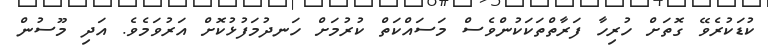
ކުޑަކުރެވޭ ގޮތަށް ހުރިހާ ފަރާތްތަކަކުންވެސް މަސައްކަތް ކުރުމަށް ހަނދުމަފުޅުކޮށް އަރުވަމެވެ. އަދި މޫސުން